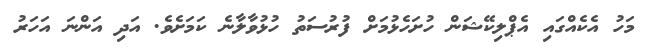
މަހު އެކެއްގައި އެޕްލިކޭޝަން ހުށަހެޅުމަށް ފުރުސަތު ހުޅުވާލާނެ ކަމަށެވެ. އަދި އަންނަ އަހަރު